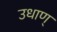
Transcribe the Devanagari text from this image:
उधाण्